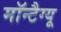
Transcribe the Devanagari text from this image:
मॉन्टैग्यू